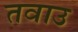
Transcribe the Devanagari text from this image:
तवाउ